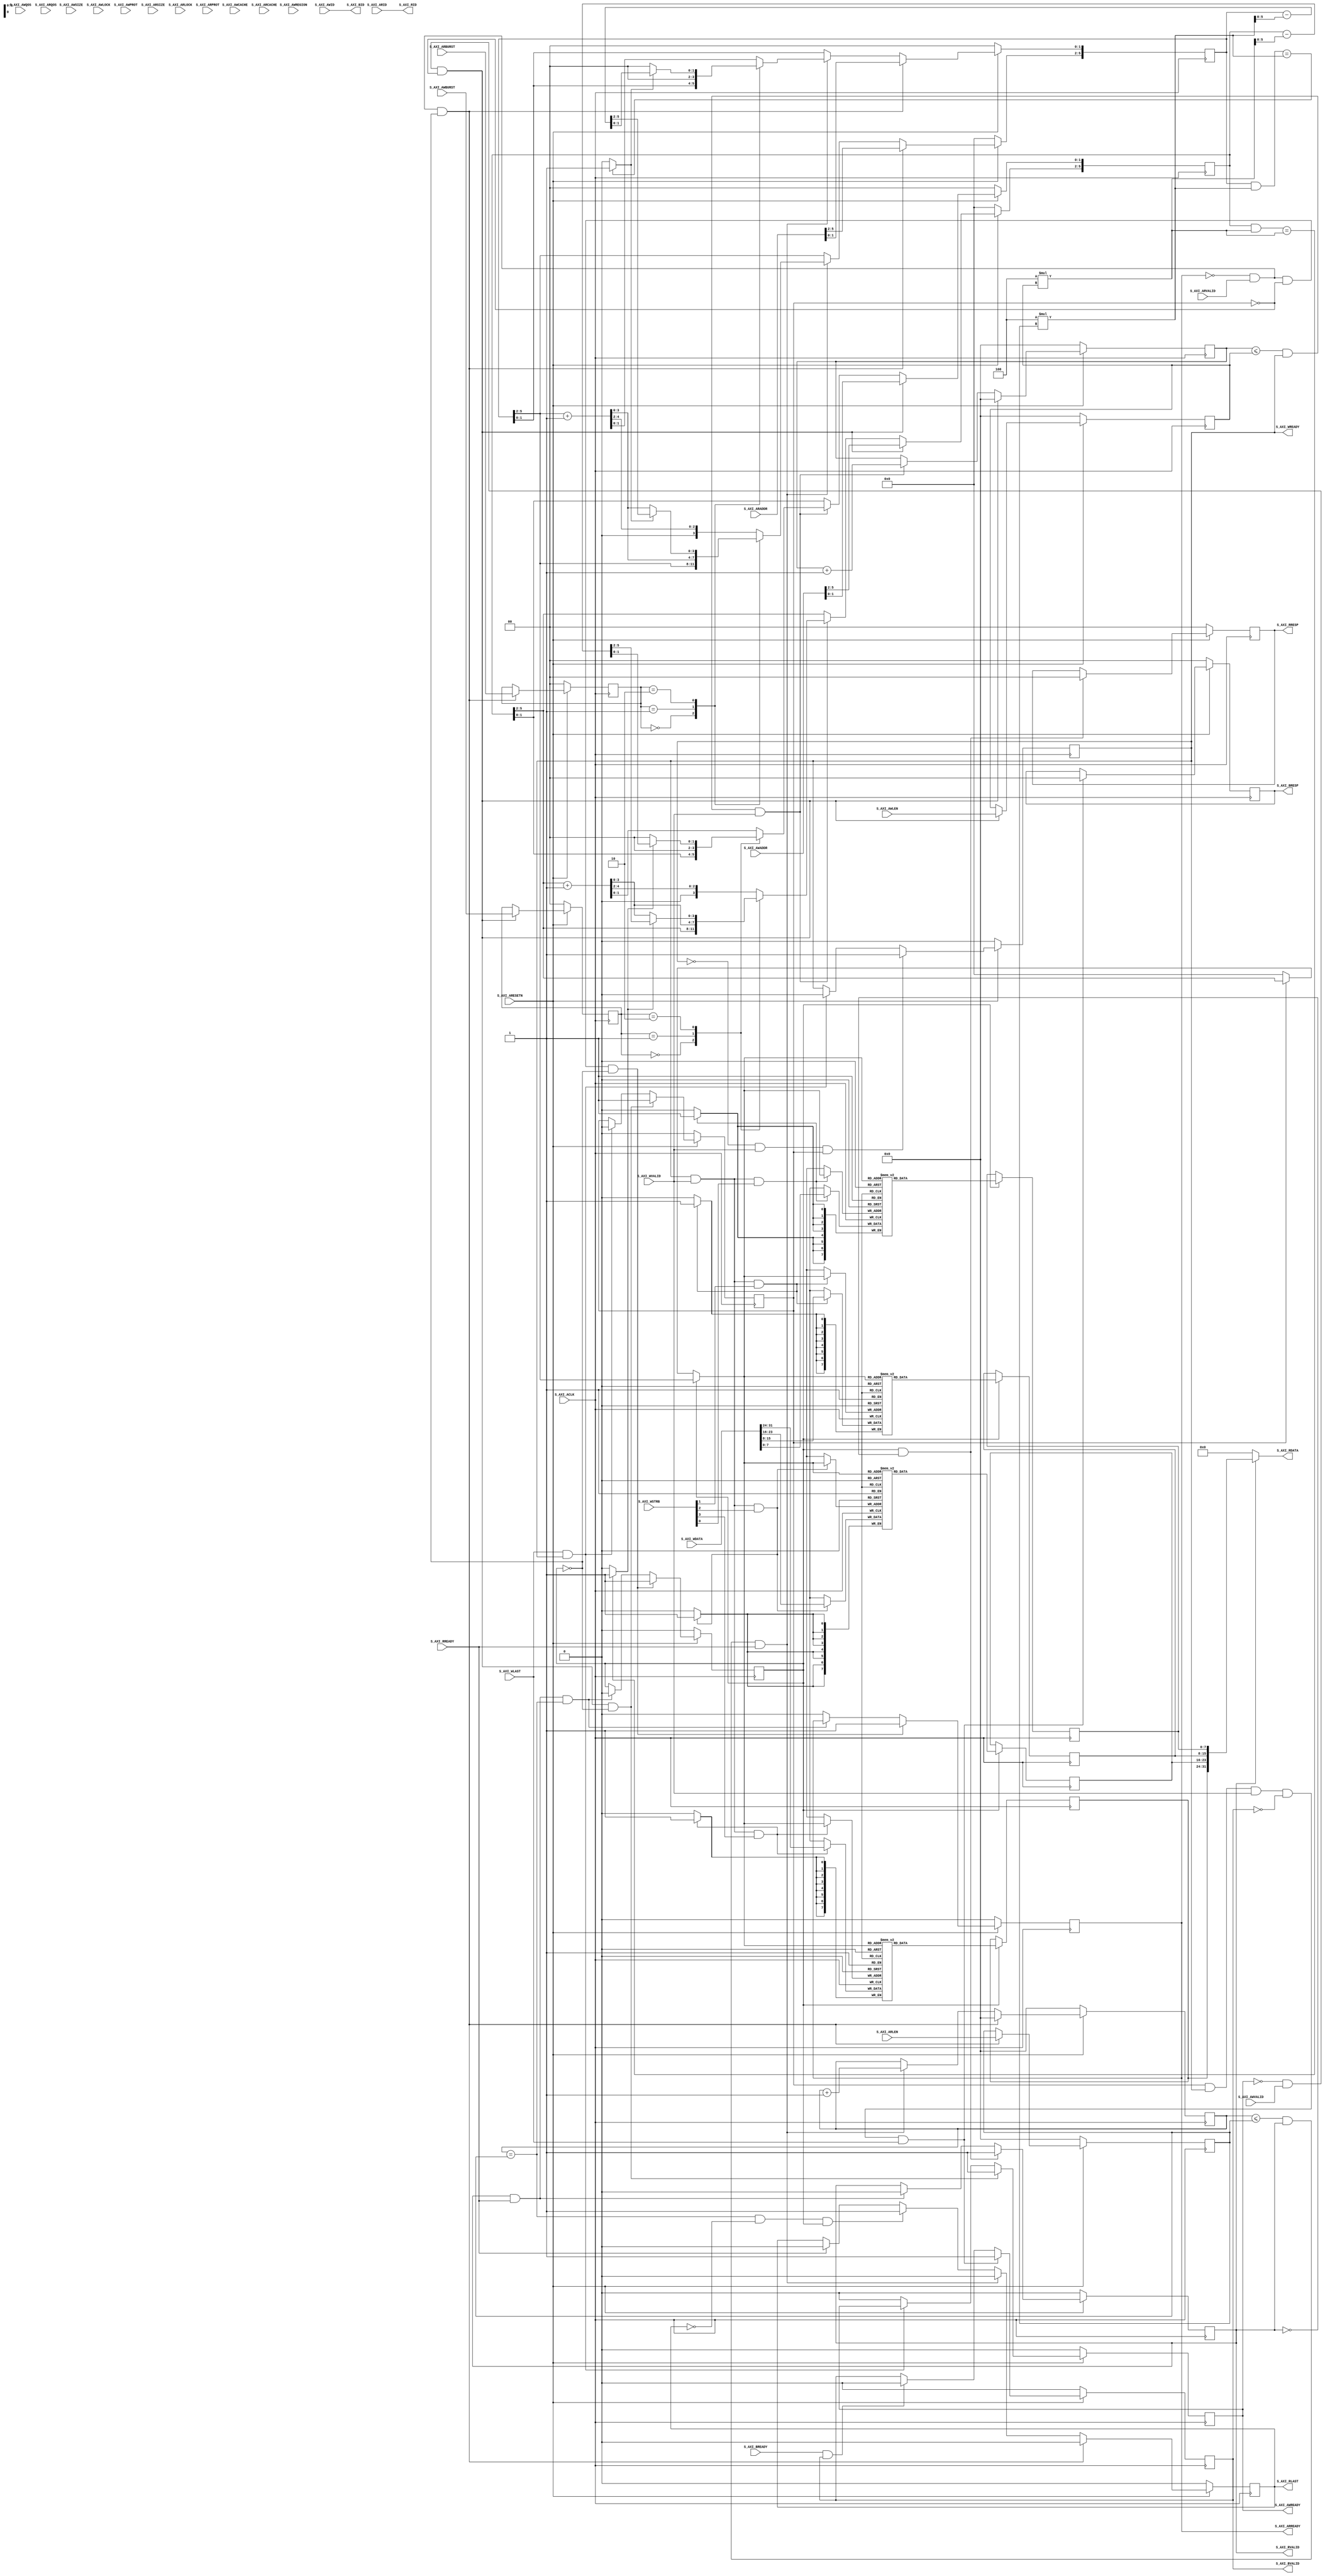
////////////////////////////////////////////////////////////////////////////////
//
//
// Project:	WB2AXIPSP: bus bridges and other odds and ends
//
// Purpose:	To test the formal tools on an AXI4 (full) core that is "known"
//		to work.  (Only this one doesn't, but at least that was my
//	initial purpose.) Most of this code comes directly from Vivado's core
//	generator--starting at the end of this comment block and going down
//	directly to the initial statements before the `ifdef FORMAL block at
//	the bottom.  I have made superficial adjustments to Xilinx's code: I
//	swapped spaces for tabs, I removed any white space at the ends of
//	lines, I fixed any spelling errors that I noticed in the comments, added
//	the default_nettype, added initial statements (just before the ifdef
//	FORMAL) for things that should've had them in the first place, etc.
//	I may have even swapped an always @(somevalue) for an always @(*), but
//	that's as far as I've gone.
//
//	I was surprised to learn that this core passed, and would always pass,
//	a Xilinx VIP check as is.  It does not pass a formal verification check.
//
// Creator:	Vivado, 2018.3
//
////////////////////////////////////////////////////////////////////////////////
//
//
`default_nettype none	// Added to the raw demo
`timescale 1 ns / 1 ps
//
module xlnxfull_2018_3 #(
	// Users to add parameters here

	// User parameters ends
	// Do not modify the parameters beyond this line

	// Width of ID for for write address, write data, read address and read data
	parameter integer C_S_AXI_ID_WIDTH	= 1,
	// Width of S_AXI data bus
	parameter integer C_S_AXI_DATA_WIDTH	= 32,
	// Width of S_AXI address bus
	parameter integer C_S_AXI_ADDR_WIDTH	= 6,
	// Width of optional user defined signal in write address channel
	parameter integer C_S_AXI_AWUSER_WIDTH	= 0,
	// Width of optional user defined signal in read address channel
	parameter integer C_S_AXI_ARUSER_WIDTH	= 0,
	// Width of optional user defined signal in write data channel
	parameter integer C_S_AXI_WUSER_WIDTH	= 0,
	// Width of optional user defined signal in read data channel
	parameter integer C_S_AXI_RUSER_WIDTH	= 0,
	// Width of optional user defined signal in write response channel
	parameter integer C_S_AXI_BUSER_WIDTH	= 0
	) (
		// Users to add ports here

		// User ports ends
		// Do not modify the ports beyond this line

		// Global Clock Signal
		input wire  S_AXI_ACLK,
		// Global Reset Signal. This Signal is Active LOW
		input wire  S_AXI_ARESETN,
		// Write Address ID
		input wire [C_S_AXI_ID_WIDTH-1 : 0] S_AXI_AWID,
		// Write address
		input wire [C_S_AXI_ADDR_WIDTH-1 : 0] S_AXI_AWADDR,
		// Burst length. The burst length gives the exact number of transfers in a burst
		input wire [7 : 0] S_AXI_AWLEN,
		// Burst size. This signal indicates the size of each transfer in the burst
		input wire [2 : 0] S_AXI_AWSIZE,
		// Burst type. The burst type and the size information, 
		// determine how the address for each transfer within the burst is calculated.
		input wire [1 : 0] S_AXI_AWBURST,
		// Lock type. Provides additional information about the
		// atomic characteristics of the transfer.
		input wire  S_AXI_AWLOCK,
		// Memory type. This signal indicates how transactions
		// are required to progress through a system.
		input wire [3 : 0] S_AXI_AWCACHE,
		// Protection type. This signal indicates the privilege
		// and security level of the transaction, and whether
		// the transaction is a data access or an instruction access.
		input wire [2 : 0] S_AXI_AWPROT,
		// Quality of Service, QoS identifier sent for each
		// write transaction.
		input wire [3 : 0] S_AXI_AWQOS,
		// Region identifier. Permits a single physical interface
		// on a slave to be used for multiple logical interfaces.
		input wire [3 : 0] S_AXI_AWREGION,
		// Optional User-defined signal in the write address channel.
//		input wire [C_S_AXI_AWUSER_WIDTH-1 : 0] S_AXI_AWUSER,
		// Write address valid. This signal indicates that
		// the channel is signaling valid write address and
		// control information.
		input wire  S_AXI_AWVALID,
		// Write address ready. This signal indicates that
		// the slave is ready to accept an address and associated
		// control signals.
		output wire  S_AXI_AWREADY,
		// Write Data
		input wire [C_S_AXI_DATA_WIDTH-1 : 0] S_AXI_WDATA,
		// Write strobes. This signal indicates which byte
		// lanes hold valid data. There is one write strobe
		// bit for each eight bits of the write data bus.
		input wire [(C_S_AXI_DATA_WIDTH/8)-1 : 0] S_AXI_WSTRB,
		// Write last. This signal indicates the last transfer
		// in a write burst.
		input wire  S_AXI_WLAST,
		// Optional User-defined signal in the write data channel.
//		input wire [C_S_AXI_WUSER_WIDTH-1 : 0] S_AXI_WUSER,
		// Write valid. This signal indicates that valid write
		// data and strobes are available.
		input wire  S_AXI_WVALID,
		// Write ready. This signal indicates that the slave
		// can accept the write data.
		output wire  S_AXI_WREADY,
		// Response ID tag. This signal is the ID tag of the
		// write response.
		output wire [C_S_AXI_ID_WIDTH-1 : 0] S_AXI_BID,
		// Write response. This signal indicates the status
		// of the write transaction.
		output wire [1 : 0] S_AXI_BRESP,
		// Optional User-defined signal in the write response channel.
//		output wire [C_S_AXI_BUSER_WIDTH-1 : 0] S_AXI_BUSER,
		// Write response valid. This signal indicates that the
		// channel is signaling a valid write response.
		output wire  S_AXI_BVALID,
		// Response ready. This signal indicates that the master
		// can accept a write response.
		input wire  S_AXI_BREADY,
		// Read address ID. This signal is the identification
		// tag for the read address group of signals.
		input wire [C_S_AXI_ID_WIDTH-1 : 0] S_AXI_ARID,
		// Read address. This signal indicates the initial
		// address of a read burst transaction.
		input wire [C_S_AXI_ADDR_WIDTH-1 : 0] S_AXI_ARADDR,
		// Burst length. The burst length gives the exact number of transfers in a burst
		input wire [7 : 0] S_AXI_ARLEN,
		// Burst size. This signal indicates the size of each transfer in the burst
		input wire [2 : 0] S_AXI_ARSIZE,
		// Burst type. The burst type and the size information, 
		// determine how the address for each transfer within the burst is calculated.
		input wire [1 : 0] S_AXI_ARBURST,
		// Lock type. Provides additional information about the
		// atomic characteristics of the transfer.
		input wire  S_AXI_ARLOCK,
		// Memory type. This signal indicates how transactions
		// are required to progress through a system.
		input wire [3 : 0] S_AXI_ARCACHE,
		// Protection type. This signal indicates the privilege
		// and security level of the transaction, and whether
		// the transaction is a data access or an instruction access.
		input wire [2 : 0] S_AXI_ARPROT,
		// Quality of Service, QoS identifier sent for each
		// read transaction.
		input wire [3 : 0] S_AXI_ARQOS,
		// Region identifier. Permits a single physical interface
		// on a slave to be used for multiple logical interfaces.
//		input wire [3 : 0] S_AXI_ARREGION,
		// Optional User-defined signal in the read address channel.
//		input wire [C_S_AXI_ARUSER_WIDTH-1 : 0] S_AXI_ARUSER,
		// Write address valid. This signal indicates that
		// the channel is signaling valid read address and
		// control information.
		input wire  S_AXI_ARVALID,
		// Read address ready. This signal indicates that
		// the slave is ready to accept an address and associated
		// control signals.
		output wire  S_AXI_ARREADY,
		// Read ID tag. This signal is the identification tag
		// for the read data group of signals generated by the slave.
		output wire [C_S_AXI_ID_WIDTH-1 : 0] S_AXI_RID,
		// Read Data
		output wire [C_S_AXI_DATA_WIDTH-1 : 0] S_AXI_RDATA,
		// Read response. This signal indicates the status of
		// the read transfer.
		output wire [1 : 0] S_AXI_RRESP,
		// Read last. This signal indicates the last transfer
		// in a read burst.
		output wire  S_AXI_RLAST,
		// Optional User-defined signal in the read address channel.
//		output wire [C_S_AXI_RUSER_WIDTH-1 : 0] S_AXI_RUSER,
		// Read valid. This signal indicates that the channel
		// is signaling the required read data.
		output wire  S_AXI_RVALID,
		// Read ready. This signal indicates that the master can
		// accept the read data and response information.
		input wire  S_AXI_RREADY
	);

	// AXI4FULL signals
	reg [C_S_AXI_ADDR_WIDTH-1 : 0] 	axi_awaddr;
	reg 			 	axi_awready;
	reg  				axi_wready;
	reg [1 : 0]		 	axi_bresp;
//	reg [C_S_AXI_BUSER_WIDTH-1 : 0]	axi_buser;
	reg 			 	axi_bvalid;
	reg [C_S_AXI_ADDR_WIDTH-1 : 0] 	axi_araddr;
	reg 			 	axi_arready;
	reg [C_S_AXI_DATA_WIDTH-1 : 0] 	axi_rdata;
	reg [1 : 0] 			axi_rresp;
	reg 			 	axi_rlast;
//	reg [C_S_AXI_RUSER_WIDTH-1 : 0] axi_ruser;
	reg  				axi_rvalid;
	// aw_wrap_en determines wrap boundary and enables wrapping
	wire aw_wrap_en;
	// ar_wrap_en determines wrap boundary and enables wrapping
	wire ar_wrap_en;
	// aw_wrap_size is the size of the write transfer, the
	// write address wraps to a lower address if upper address
	// limit is reached
	wire [31:0]  aw_wrap_size ; 
	// ar_wrap_size is the size of the read transfer, the
	// read address wraps to a lower address if upper address
	// limit is reached
	wire [31:0]  ar_wrap_size ; 
	// The axi_awv_awr_flag flag marks the presence of write address valid
	reg axi_awv_awr_flag;
	//The axi_arv_arr_flag flag marks the presence of read address valid
	reg axi_arv_arr_flag; 
	// The axi_awlen_cntr internal write address counter to keep track of beats in a burst transaction
	reg [7:0] axi_awlen_cntr;
	//The axi_arlen_cntr internal read address counter to keep track of beats in a burst transaction
	reg [7:0] axi_arlen_cntr;
	reg [1:0] axi_arburst;
	reg [1:0] axi_awburst;
	reg [7:0] axi_arlen;
	reg [7:0] axi_awlen;
	//local parameter for addressing 32 bit / 64 bit C_S_AXI_DATA_WIDTH
	//ADDR_LSB is used for addressing 32/64 bit registers/memories
	//ADDR_LSB = 2 for 32 bits (n downto 2) 
	//ADDR_LSB = 3 for 42 bits (n downto 3)

	localparam integer ADDR_LSB = (C_S_AXI_DATA_WIDTH/32)+ 1;
	localparam integer OPT_MEM_ADDR_BITS = 3;
	localparam integer USER_NUM_MEM = 1;
	//----------------------------------------------
	//-- Signals for user logic memory space example
	//------------------------------------------------
	wire [OPT_MEM_ADDR_BITS:0] mem_address;
//	wire [USER_NUM_MEM-1:0] mem_select;
	reg [C_S_AXI_DATA_WIDTH-1:0] mem_data_out[0 : USER_NUM_MEM-1];

	genvar i;
	genvar j;
	genvar mem_byte_index;

	// I/O Connections assignments

	assign S_AXI_AWREADY	= axi_awready;
	assign S_AXI_WREADY	= axi_wready;
	assign S_AXI_BRESP	= axi_bresp;
//	assign S_AXI_BUSER	= axi_buser;
	assign S_AXI_BVALID	= axi_bvalid;
	assign S_AXI_ARREADY	= axi_arready;
	assign S_AXI_RDATA	= axi_rdata;
	assign S_AXI_RRESP	= axi_rresp;
	assign S_AXI_RLAST	= axi_rlast;
//	assign S_AXI_RUSER	= axi_ruser;
	assign S_AXI_RVALID	= axi_rvalid;
	assign S_AXI_BID = S_AXI_AWID;
	assign S_AXI_RID = S_AXI_ARID;
	assign  aw_wrap_size = (C_S_AXI_DATA_WIDTH/8 * (axi_awlen)); 
	assign  ar_wrap_size = (C_S_AXI_DATA_WIDTH/8 * (axi_arlen)); 
	assign  aw_wrap_en = ((axi_awaddr & aw_wrap_size) == aw_wrap_size)? 1'b1: 1'b0;
	assign  ar_wrap_en = ((axi_araddr & ar_wrap_size) == ar_wrap_size)? 1'b1: 1'b0;

	// Implement axi_awready generation

	// axi_awready is asserted for one S_AXI_ACLK clock cycle when both
	// S_AXI_AWVALID and S_AXI_WVALID are asserted. axi_awready is
	// de-asserted when reset is low.

	always @( posedge S_AXI_ACLK )
	begin
	  if ( S_AXI_ARESETN == 1'b0 )
	    begin
	      axi_awready <= 1'b0;
	      axi_awv_awr_flag <= 1'b0;
	    end 
	  else
	    begin
	      if (~axi_awready && S_AXI_AWVALID && ~axi_awv_awr_flag && ~axi_arv_arr_flag)
	        begin
	          // slave is ready to accept an address and
	          // associated control signals
	          axi_awready <= 1'b1;
	          axi_awv_awr_flag  <= 1'b1; 
	          // used for generation of bresp() and bvalid
	        end
	      else if (S_AXI_WLAST && axi_wready)          
	      // preparing to accept next address after current write burst tx completion
	        begin
	          axi_awv_awr_flag  <= 1'b0;
	        end
	      else
	        begin
	          axi_awready <= 1'b0;
	        end
	    end
	end
	// Implement axi_awaddr latching

	// This process is used to latch the address when both
	// S_AXI_AWVALID and S_AXI_WVALID are valid.

	always @( posedge S_AXI_ACLK )
	begin
	  if ( S_AXI_ARESETN == 1'b0 )
	    begin
	      axi_awaddr <= 0;
	      axi_awlen_cntr <= 0;
	      axi_awburst <= 0;
	      axi_awlen <= 0;
	    end 
	  else
	    begin
	      if (~axi_awready && S_AXI_AWVALID && ~axi_awv_awr_flag)
	        begin
	          // address latching
	          axi_awaddr <= S_AXI_AWADDR[C_S_AXI_ADDR_WIDTH - 1:0];  
	           axi_awburst <= S_AXI_AWBURST; 
	           axi_awlen <= S_AXI_AWLEN;
	          // start address of transfer
	          axi_awlen_cntr <= 0;
	        end   
	      else if((axi_awlen_cntr <= axi_awlen) && axi_wready && S_AXI_WVALID)        
	        begin

	          axi_awlen_cntr <= axi_awlen_cntr + 1;

	          case (axi_awburst)
	            2'b00: // fixed burst
	            // The write address for all the beats in the transaction are fixed
	              begin
	                axi_awaddr <= axi_awaddr;          
	                //for awsize = 4 bytes (010)
	              end   
	            2'b01: //incremental burst
	            // The write address for all the beats in the transaction are increments by awsize
	              begin
	                axi_awaddr[C_S_AXI_ADDR_WIDTH - 1:ADDR_LSB] <= axi_awaddr[C_S_AXI_ADDR_WIDTH - 1:ADDR_LSB] + 1;
	                //awaddr aligned to 4 byte boundary
	                axi_awaddr[ADDR_LSB-1:0]  <= {ADDR_LSB{1'b0}};   
	                //for awsize = 4 bytes (010)
	              end   
	            2'b10: //Wrapping burst
	            // The write address wraps when the address reaches wrap boundary 
	              if (aw_wrap_en)
	                begin
	                  axi_awaddr <= (axi_awaddr - aw_wrap_size); 
	                end
	              else 
	                begin
	                  axi_awaddr[C_S_AXI_ADDR_WIDTH - 1:ADDR_LSB] <= axi_awaddr[C_S_AXI_ADDR_WIDTH - 1:ADDR_LSB] + 1;
	                  axi_awaddr[ADDR_LSB-1:0]  <= {ADDR_LSB{1'b0}}; 
	                end                      
	            default: //reserved (incremental burst for example)
	              begin
	                axi_awaddr <= axi_awaddr[C_S_AXI_ADDR_WIDTH - 1:ADDR_LSB] + 1;
	                //for awsize = 4 bytes (010)
	              end
	          endcase
	        end
	    end
	end
	// Implement axi_wready generation

	// axi_wready is asserted for one S_AXI_ACLK clock cycle when both
	// S_AXI_AWVALID and S_AXI_WVALID are asserted. axi_wready is
	// de-asserted when reset is low.

	always @( posedge S_AXI_ACLK )
	begin
	  if ( S_AXI_ARESETN == 1'b0 )
	    begin
	      axi_wready <= 1'b0;
	    end
	  else
	    begin
	      if (~axi_wready && S_AXI_WVALID && axi_awv_awr_flag)
	        begin
	          // slave can accept the write data
	          axi_wready <= 1'b1;
	        end
	      //else if (~axi_awv_awr_flag)
	      else if (S_AXI_WLAST && axi_wready)
	        begin
	          axi_wready <= 1'b0;
	        end
	    end
	end
	// Implement write response logic generation

	// The write response and response valid signals are asserted by the slave
	// when axi_wready, S_AXI_WVALID, axi_wready and S_AXI_WVALID are asserted.
	// This marks the acceptance of address and indicates the status of
	// write transaction.

	always @( posedge S_AXI_ACLK )
	begin
	  if ( S_AXI_ARESETN == 1'b0 )
	    begin
	      axi_bvalid  <= 0;
	      axi_bresp   <= 2'b0;
//	      axi_buser <= 0;
	    end
	  else
	    begin    
	      if (axi_awv_awr_flag && axi_wready && S_AXI_WVALID && ~axi_bvalid && S_AXI_WLAST )
	        begin
	          axi_bvalid <= 1'b1;
	          axi_bresp  <= 2'b0; 
	          // 'OKAY' response 
	        end                   
	      else
	        begin
	          if (S_AXI_BREADY && axi_bvalid)
	            //check if bready is asserted while bvalid is high)
	            //(there is a possibility that bready is always asserted high)
	            begin
	              axi_bvalid <= 1'b0;
	            end
	        end
	    end
	end
	// Implement axi_arready generation

	// axi_arready is asserted for one S_AXI_ACLK clock cycle when
	// S_AXI_ARVALID is asserted. axi_awready is
	// de-asserted when reset (active low) is asserted.
	// The read address is also latched when S_AXI_ARVALID is
	// asserted. axi_araddr is reset to zero on reset assertion.

	always @( posedge S_AXI_ACLK )
	begin
	  if ( S_AXI_ARESETN == 1'b0 )
	    begin
	      axi_arready <= 1'b0;
	      axi_arv_arr_flag <= 1'b0;
	    end
	  else
	    begin
	      if (~axi_arready && S_AXI_ARVALID && ~axi_awv_awr_flag && ~axi_arv_arr_flag)
	        begin
	          axi_arready <= 1'b1;
	          axi_arv_arr_flag <= 1'b1;
	        end
	      else if (axi_rvalid && S_AXI_RREADY && axi_arlen_cntr == axi_arlen)
	      // preparing to accept next address after current read completion
	        begin
	          axi_arv_arr_flag  <= 1'b0;
	        end
	      else
	        begin
	          axi_arready <= 1'b0;
	        end
	    end
	end
	// Implement axi_araddr latching

	//This process is used to latch the address when both 
	//S_AXI_ARVALID and S_AXI_RVALID are valid. 
	always @( posedge S_AXI_ACLK )
	begin
	  if ( S_AXI_ARESETN == 1'b0 )
	    begin
	      axi_araddr <= 0;
	      axi_arlen_cntr <= 0;
	      axi_arburst <= 0;
	      axi_arlen <= 0;
	      axi_rlast <= 1'b0;
//	      axi_ruser <= 0;
	    end 
	  else
	    begin    
	      if (~axi_arready && S_AXI_ARVALID && ~axi_arv_arr_flag)
	        begin
	          // address latching 
	          axi_araddr <= S_AXI_ARADDR[C_S_AXI_ADDR_WIDTH - 1:0]; 
	          axi_arburst <= S_AXI_ARBURST; 
	          axi_arlen <= S_AXI_ARLEN;     
	          // start address of transfer
	          axi_arlen_cntr <= 0;
	          axi_rlast <= 1'b0;
	        end   
	      else if((axi_arlen_cntr <= axi_arlen) && axi_rvalid && S_AXI_RREADY)        
	        begin
	         
	          axi_arlen_cntr <= axi_arlen_cntr + 1;
	          axi_rlast <= 1'b0;
	        
	          case (axi_arburst)
	            2'b00: // fixed burst
	             // The read address for all the beats in the transaction are fixed
	              begin
	                axi_araddr       <= axi_araddr;        
	                //for arsize = 4 bytes (010)
	              end   
	            2'b01: //incremental burst
	            // The read address for all the beats in the transaction are increments by awsize
	              begin
	                axi_araddr[C_S_AXI_ADDR_WIDTH - 1:ADDR_LSB] <= axi_araddr[C_S_AXI_ADDR_WIDTH - 1:ADDR_LSB] + 1; 
	                //araddr aligned to 4 byte boundary
	                axi_araddr[ADDR_LSB-1:0]  <= {ADDR_LSB{1'b0}};   
	                //for awsize = 4 bytes (010)
	              end   
	            2'b10: //Wrapping burst
	            // The read address wraps when the address reaches wrap boundary 
	              if (ar_wrap_en) 
	                begin
	                  axi_araddr <= (axi_araddr - ar_wrap_size); 
	                end
	              else 
	                begin
	                axi_araddr[C_S_AXI_ADDR_WIDTH - 1:ADDR_LSB] <= axi_araddr[C_S_AXI_ADDR_WIDTH - 1:ADDR_LSB] + 1; 
	                //araddr aligned to 4 byte boundary
	                axi_araddr[ADDR_LSB-1:0]  <= {ADDR_LSB{1'b0}};   
	                end                      
	            default: //reserved (incremental burst for example)
	              begin
	                axi_araddr <= axi_araddr[C_S_AXI_ADDR_WIDTH - 1:ADDR_LSB]+1;
	                //for arsize = 4 bytes (010)
	              end
	          endcase              
	        end
	      else if((axi_arlen_cntr == axi_arlen) && ~axi_rlast && axi_arv_arr_flag )   
	        begin
	          axi_rlast <= 1'b1;
	        end          
	      else if (S_AXI_RREADY)   
	        begin
	          axi_rlast <= 1'b0;
	        end          
	    end 
	end       
	// Implement axi_arvalid generation

	// axi_rvalid is asserted for one S_AXI_ACLK clock cycle when both 
	// S_AXI_ARVALID and axi_arready are asserted. The slave registers 
	// data are available on the axi_rdata bus at this instance. The 
	// assertion of axi_rvalid marks the validity of read data on the 
	// bus and axi_rresp indicates the status of read transaction.axi_rvalid 
	// is deasserted on reset (active low). axi_rresp and axi_rdata are 
	// cleared to zero on reset (active low).  

	always @( posedge S_AXI_ACLK )
	begin
	  if ( S_AXI_ARESETN == 1'b0 )
	    begin
	      axi_rvalid <= 0;
	      axi_rresp  <= 0;
	    end 
	  else
	    begin    
	      if (axi_arv_arr_flag && ~axi_rvalid)
	        begin
	          axi_rvalid <= 1'b1;
	          axi_rresp  <= 2'b0; 
	          // 'OKAY' response
	        end   
	      else if (axi_rvalid && S_AXI_RREADY)
	        begin
	          axi_rvalid <= 1'b0;
	        end            
	    end
	end    
	// ------------------------------------------
	// -- Example code to access user logic memory region
	// ------------------------------------------

	generate
	  if (USER_NUM_MEM >= 1)
	    begin
//	      assign mem_select  = 1;
	      assign mem_address = (axi_arv_arr_flag? axi_araddr[ADDR_LSB+OPT_MEM_ADDR_BITS:ADDR_LSB]:(axi_awv_awr_flag? axi_awaddr[ADDR_LSB+OPT_MEM_ADDR_BITS:ADDR_LSB]:0));
	    end
	endgenerate
	     
	// implement Block RAM(s)
	generate 
	  for(i=0; i<= USER_NUM_MEM-1; i=i+1)
	    begin:BRAM_GEN
	      wire mem_rden;
	      wire mem_wren;
	
	      assign mem_wren = axi_wready && S_AXI_WVALID ;
	
	      assign mem_rden = axi_arv_arr_flag ; //& ~axi_rvalid
	     
	      for(mem_byte_index=0; mem_byte_index<= (C_S_AXI_DATA_WIDTH/8-1); mem_byte_index=mem_byte_index+1)
	      begin:BYTE_BRAM_GEN
	        wire [8-1:0] data_in ;
	        wire [8-1:0] data_out;
	        reg  [8-1:0] byte_ram [0 : 15];
//	        integer  j;
	     
	        //assigning 8 bit data
	        assign data_in  = S_AXI_WDATA[(mem_byte_index*8+7) -: 8];
	        assign data_out = byte_ram[mem_address];
	     
	        always @( posedge S_AXI_ACLK )
	        begin
	          if (mem_wren && S_AXI_WSTRB[mem_byte_index])
	            begin
	              byte_ram[mem_address] <= data_in;
	            end   
	        end    
	      
	        always @( posedge S_AXI_ACLK )
	        begin
	          if (mem_rden)
	            begin
	              mem_data_out[i][(mem_byte_index*8+7) -: 8] <= data_out;
	            end   
	        end    
	               
	    end
	  end       
	endgenerate
	//Output register or memory read data

	always @(*) // @( mem_data_out, axi_rvalid)
	begin
	  if (axi_rvalid) 
	    begin
	      // Read address mux
	      axi_rdata = mem_data_out[0];
	    end   
	  else
	    begin
	      axi_rdata = 32'h00000000;
	    end       
	end    

// Verification logic starts here:
	initial	axi_awready = 1'b0;
	initial	axi_awv_awr_flag = 1'b0;
	initial	axi_awaddr     = 0;
	initial	axi_awlen_cntr = 0;
	initial	axi_awburst    = 0;
	initial	axi_awlen      = 0;
	initial	axi_wready = 1'b0;
	initial	axi_bvalid = 1'b0;
	initial	axi_bresp  = 1'b0;
//	initial	axi_buser  = 1'b0;
	initial	axi_arready      = 1'b0;
	initial	axi_arv_arr_flag = 1'b0;
	initial	axi_araddr = 0;
	initial	axi_arlen_cntr = 0;
	initial	axi_arburst    = 0;
	initial	axi_arlen      = 0;
	initial	axi_rlast      = 0;
//	initial	axi_ruser      = 0;
	initial	axi_rvalid = 1'b0;
	initial	axi_rresp  = 1'b0;
`ifdef	FORMAL
	//
	// ...
	//

	faxi_slave	#(
		.F_AXI_MAXSTALL(6),
		.C_AXI_ID_WIDTH(C_S_AXI_ID_WIDTH),
		.C_AXI_DATA_WIDTH(C_S_AXI_DATA_WIDTH),
		.C_AXI_ADDR_WIDTH(C_S_AXI_ADDR_WIDTH),
		.OPT_NARROW_BURST(0),
		.OPT_EXCLUSIVE(0),
		.F_LGDEPTH(F_LGDEPTH))
		f_slave(
		// {{{
		.i_clk(S_AXI_ACLK),
		.i_axi_reset_n(S_AXI_ARESETN),
		//
		// Address write channel
		//
		// Write Address ID
		.i_axi_awid(S_AXI_AWID),
		// Write address
		.i_axi_awaddr(S_AXI_AWADDR),
		// Burst length. The burst length gives the exact number of transfers in a burst
		.i_axi_awlen(S_AXI_AWLEN),
		// Burst size. This signal indicates the size of each transfer in the burst
		.i_axi_awsize(S_AXI_AWSIZE),
		// Burst type. The burst type and the size information, 
    		// determine how the address for each transfer within the burst is calculated.
		.i_axi_awburst(S_AXI_AWBURST),
		// Lock type. Provides additional information about the
    		// atomic characteristics of the transfer.
		.i_axi_awlock(S_AXI_AWLOCK),
		// Memory type. This signal indicates how transactions
    		// are required to progress through a system.
		.i_axi_awcache(S_AXI_AWCACHE),
		// Protection type. This signal indicates the privilege
    		// and security level of the transaction, and whether
    		// the transaction is a data access or an instruction access.
		.i_axi_awprot(S_AXI_AWPROT),
		// Quality of Service, QoS identifier sent for each
    		// write transaction.
		.i_axi_awqos(S_AXI_AWQOS),
		// Write address valid. This signal indicates that
    		// the channel is signaling valid write address and
    		// control information.
		.i_axi_awvalid(S_AXI_AWVALID),
		// Write address ready. This signal indicates that
    		// the slave is ready to accept an address and associated
    		// control signals.
		.i_axi_awready(S_AXI_AWREADY),
	//
	//
		//
		// Write Data Channel
		//
		// Write Data
		.i_axi_wdata(S_AXI_WDATA),
		// Write strobes. This signal indicates which byte
    		// lanes hold valid data. There is one write strobe
    		// bit for each eight bits of the write data bus.
		.i_axi_wstrb(S_AXI_WSTRB),
		// Write last. This signal indicates the last transfer
    		// in a write burst.
		.i_axi_wlast(S_AXI_WLAST),
		// Write valid. This signal indicates that valid write
    		// data and strobes are available.
		.i_axi_wvalid(S_AXI_WVALID),
		// Write ready. This signal indicates that the slave
    		// can accept the write data.
		.i_axi_wready(S_AXI_WREADY),
	//
	//
		// Response ID tag. This signal is the ID tag of the
    		// write response.
		.i_axi_bid(S_AXI_BID),
		// Write response. This signal indicates the status
    		// of the write transaction.
		.i_axi_bresp(S_AXI_BRESP),
		// Write response valid. This signal indicates that the
    		// channel is signaling a valid write response.
		.i_axi_bvalid(S_AXI_BVALID),
		// Response ready. This signal indicates that the master
    		// can accept a write response.
		.i_axi_bready(S_AXI_BREADY),
	//
	//
		//
		// Read address channel
		//
		// Read address ID. This signal is the identification
		// tag for the read address group of signals.
		.i_axi_arid(S_AXI_ARID),
		// Read address. This signal indicates the initial
    		// address of a read burst transaction.
		.i_axi_araddr(S_AXI_ARADDR),
		// Burst length. The burst length gives the exact number of transfers in a burst
		.i_axi_arlen(S_AXI_ARLEN),
		// Burst size. This signal indicates the size of each transfer in the burst
		.i_axi_arsize(S_AXI_ARSIZE),
		// Burst type. The burst type and the size information, 
    		// determine how the address for each transfer within the burst is calculated.
		.i_axi_arburst(S_AXI_ARBURST),
		// Lock type. Provides additional information about the
    		// atomic characteristics of the transfer.
		.i_axi_arlock(S_AXI_ARLOCK),
		// Memory type. This signal indicates how transactions
    		// are required to progress through a system.
		.i_axi_arcache(S_AXI_ARCACHE),
		// Protection type. This signal indicates the privilege
    		// and security level of the transaction, and whether
    		// the transaction is a data access or an instruction access.
		.i_axi_arprot(S_AXI_ARPROT),
		// Quality of Service, QoS identifier sent for each
    		// read transaction.
		.i_axi_arqos(S_AXI_ARQOS),
		// Write address valid. This signal indicates that
    		// the channel is signaling valid read address and
    		// control information.
		.i_axi_arvalid(S_AXI_ARVALID),
		// Read address ready. This signal indicates that
    		// the slave is ready to accept an address and associated
    		// control signals.
		.i_axi_arready(S_AXI_ARREADY),
	//
	//
		//
		// Read data return channel
		//
		// Read ID tag. This signal is the identification tag
		// for the read data group of signals generated by the slave.
		.i_axi_rid(S_AXI_RID),
		// Read Data
		.i_axi_rdata(S_AXI_RDATA),
		// Read response. This signal indicates the status of
    		// the read transfer.
		.i_axi_rresp(S_AXI_RRESP),
		// Read last. This signal indicates the last transfer
    		// in a read burst.
		.i_axi_rlast(S_AXI_RLAST),
		// Read valid. This signal indicates that the channel
    		// is signaling the required read data.
		.i_axi_rvalid(S_AXI_RVALID),
		// Read ready. This signal indicates that the master can
    		// accept the read data and response information.
		.i_axi_rready(S_AXI_RREADY)
		//
		// ...
		//
		// }}}
	);

	//
	// ...
	//

	////////////////////////////////////////////////////////////////////////
	//
	// Write induction properties
	//
	////////////////////////////////////////////////////////////////////////
	//
	//

	//
	// ...
	//

	////////////////////////////////////////////////////////////////////////
	//
	// Read induction properties
	//
	////////////////////////////////////////////////////////////////////////
	//
	//

	//
	// ...
	//

	////////////////////////////////////////////////////////////////////////
	//
	// Cover properties
	//
	////////////////////////////////////////////////////////////////////////
	//
	//

	//
	// ...
	//

	////////////////////////////////////////////////////////////////////////
	//
	// Assumptions necessary to pass a formal check
	//
	////////////////////////////////////////////////////////////////////////
	//
	//
	// BUG #1: The ID inputs, both ARID and AWID, are not registered.
	// 	As a result, if the master changes these values mid burst,
	//	the slave will return the wrong ID values

	//
	// ...
	//

	//
	// BUG #2: This core using the S_AXI_WLAST signal, without first
	//	checking that S_AXI_WVALID is also true.  Hence, if there's any
	//	time between WVALIDs, the core might act on the last one
	//	without receiving the data

	//
	// ...
	//

	//
	// BUG #3: Like Xilinx's AXI-lite core, this core can't handle back
	//	pressure.  Should S_AXI_BREADY not be accepted before the next
	//	S_AXI_AWVALID & S_AXI_AWREADY, a burst would be dropped
	//

	//
	// ...
	//

	//
	// BAD PRACTICE: This particular core can't handle both reads and
	//	writes at the same time.  To avoid failing a stall timeout,
	//	we'll insist that no new transactions start while a
	//	transaction on the other side is in process


//
// Comments:
//
//	- ID's are broken.  The ID should be registered and recorded within the
//	    core, allowing the interconnect to change them after the transaction
//	    has been accepted
//
//	- This core does not support narrow burst mode, but rather only
//	    supports an AxSIZE of 2'b10 (32'bit bus).  It cannot handle busses
//	    of other sizes, or transactions from smaller sources.
//
//		This might be considered a "feature"
//
//	- This core can only handle read or write transactions, but never both
//	    at the same time
//
//		This might also be considered a "feature"
//
//	- The wrap logic depends upon a multiply
//
//		A good synthesis tool might simplify this
//
//	- Read transactions take place at one word every other clock at best
//
//		This is just plain crippled.
//
//	- Any back pressure could easily cause the core to lose a transaction,
//	    as the newer transaction's response will overwrite the waiting
//	    response from the previous transaction
//
`endif
// User logic ends
endmodule